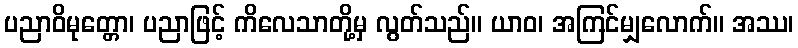
ပညာဝိမုတ္တော၊ ပညာဖြင့် ကိလေသာတို့မှ လွတ်သည်။ ယာဝ၊ အကြင်မျှလောက်။ အဿ၊